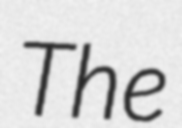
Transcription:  The